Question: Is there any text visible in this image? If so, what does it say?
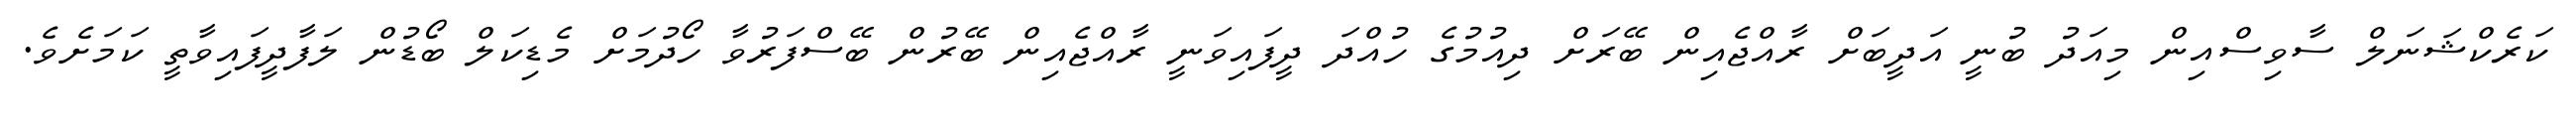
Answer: ކަރެކްޝަނަލް ސާވިސްއިން މިއަދު ބުނީ އަދީބަށް ރާއްޖެއިން ބޭރަށް ދިއުމުގެ ހުއްދަ ދީފައިވަނީ ރާއްޖެއިން ބޭރުން ބޭސްފަރުވާ ހޯދުމަށް މެޑިކަލް ބޯޑުން ލަފާދީފައިވާތީ ކަމަށެވެ.